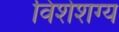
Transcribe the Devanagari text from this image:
विशेशग्य